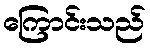
ကြောင်းသည်